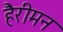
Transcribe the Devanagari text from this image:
हैरीमन